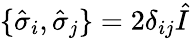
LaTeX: \{ \hat{\sigma}_{i},\hat{\sigma}_{j}\} =2\delta_{ij}\hat{I}